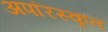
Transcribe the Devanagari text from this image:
अपरिस्कृत